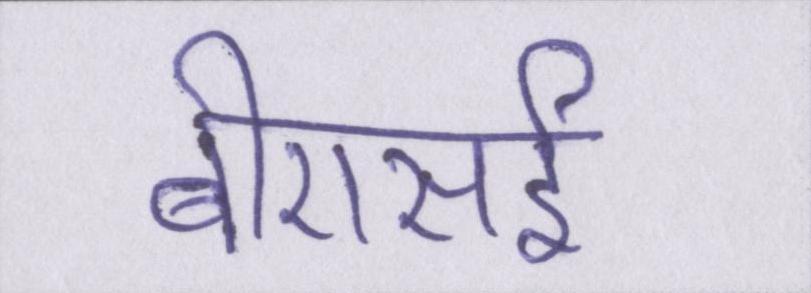
बीएसई